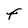
Character: F